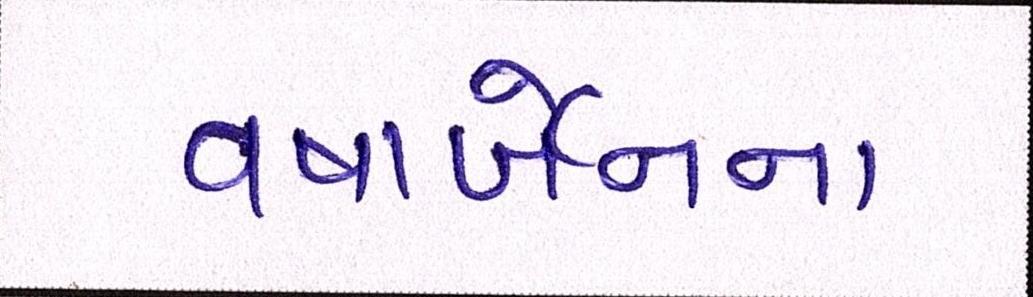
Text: વષાર્બેનના